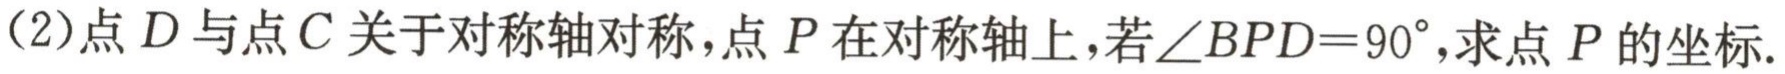
(2)点\(D\)与点\(C\)关于对称轴对称，点\(P\)在对称轴上，若\(\angle BPD = 90^{\circ}\)，求点\(P\)的坐标.